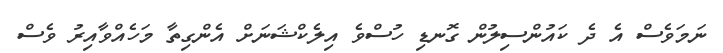
ނަމަވެސް އެ ދެ ކައުންސިލުން ގޮނޑިި ހުސްވެ އިލެކްޝަނަށް އެންގިތާ މަހެއްވާއިރު ވެސް